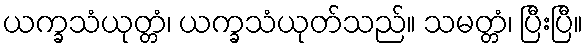
ယက္ခသံယုတ္တံ၊ ယက္ခသံယုတ်သည်။ သမတ္တံ၊ ပြီးပြီ။